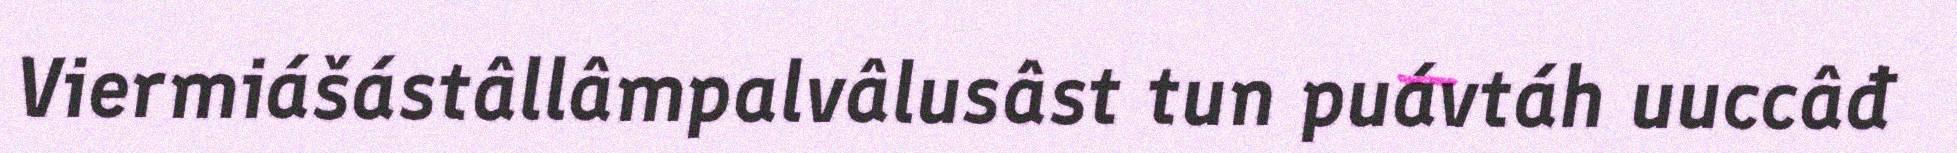
Viermiášástâllâmpalvâlusâst tun puávtáh uuccâđ